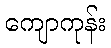
ကျောကုန်း